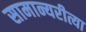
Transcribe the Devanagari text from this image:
सामान्यरीत्या